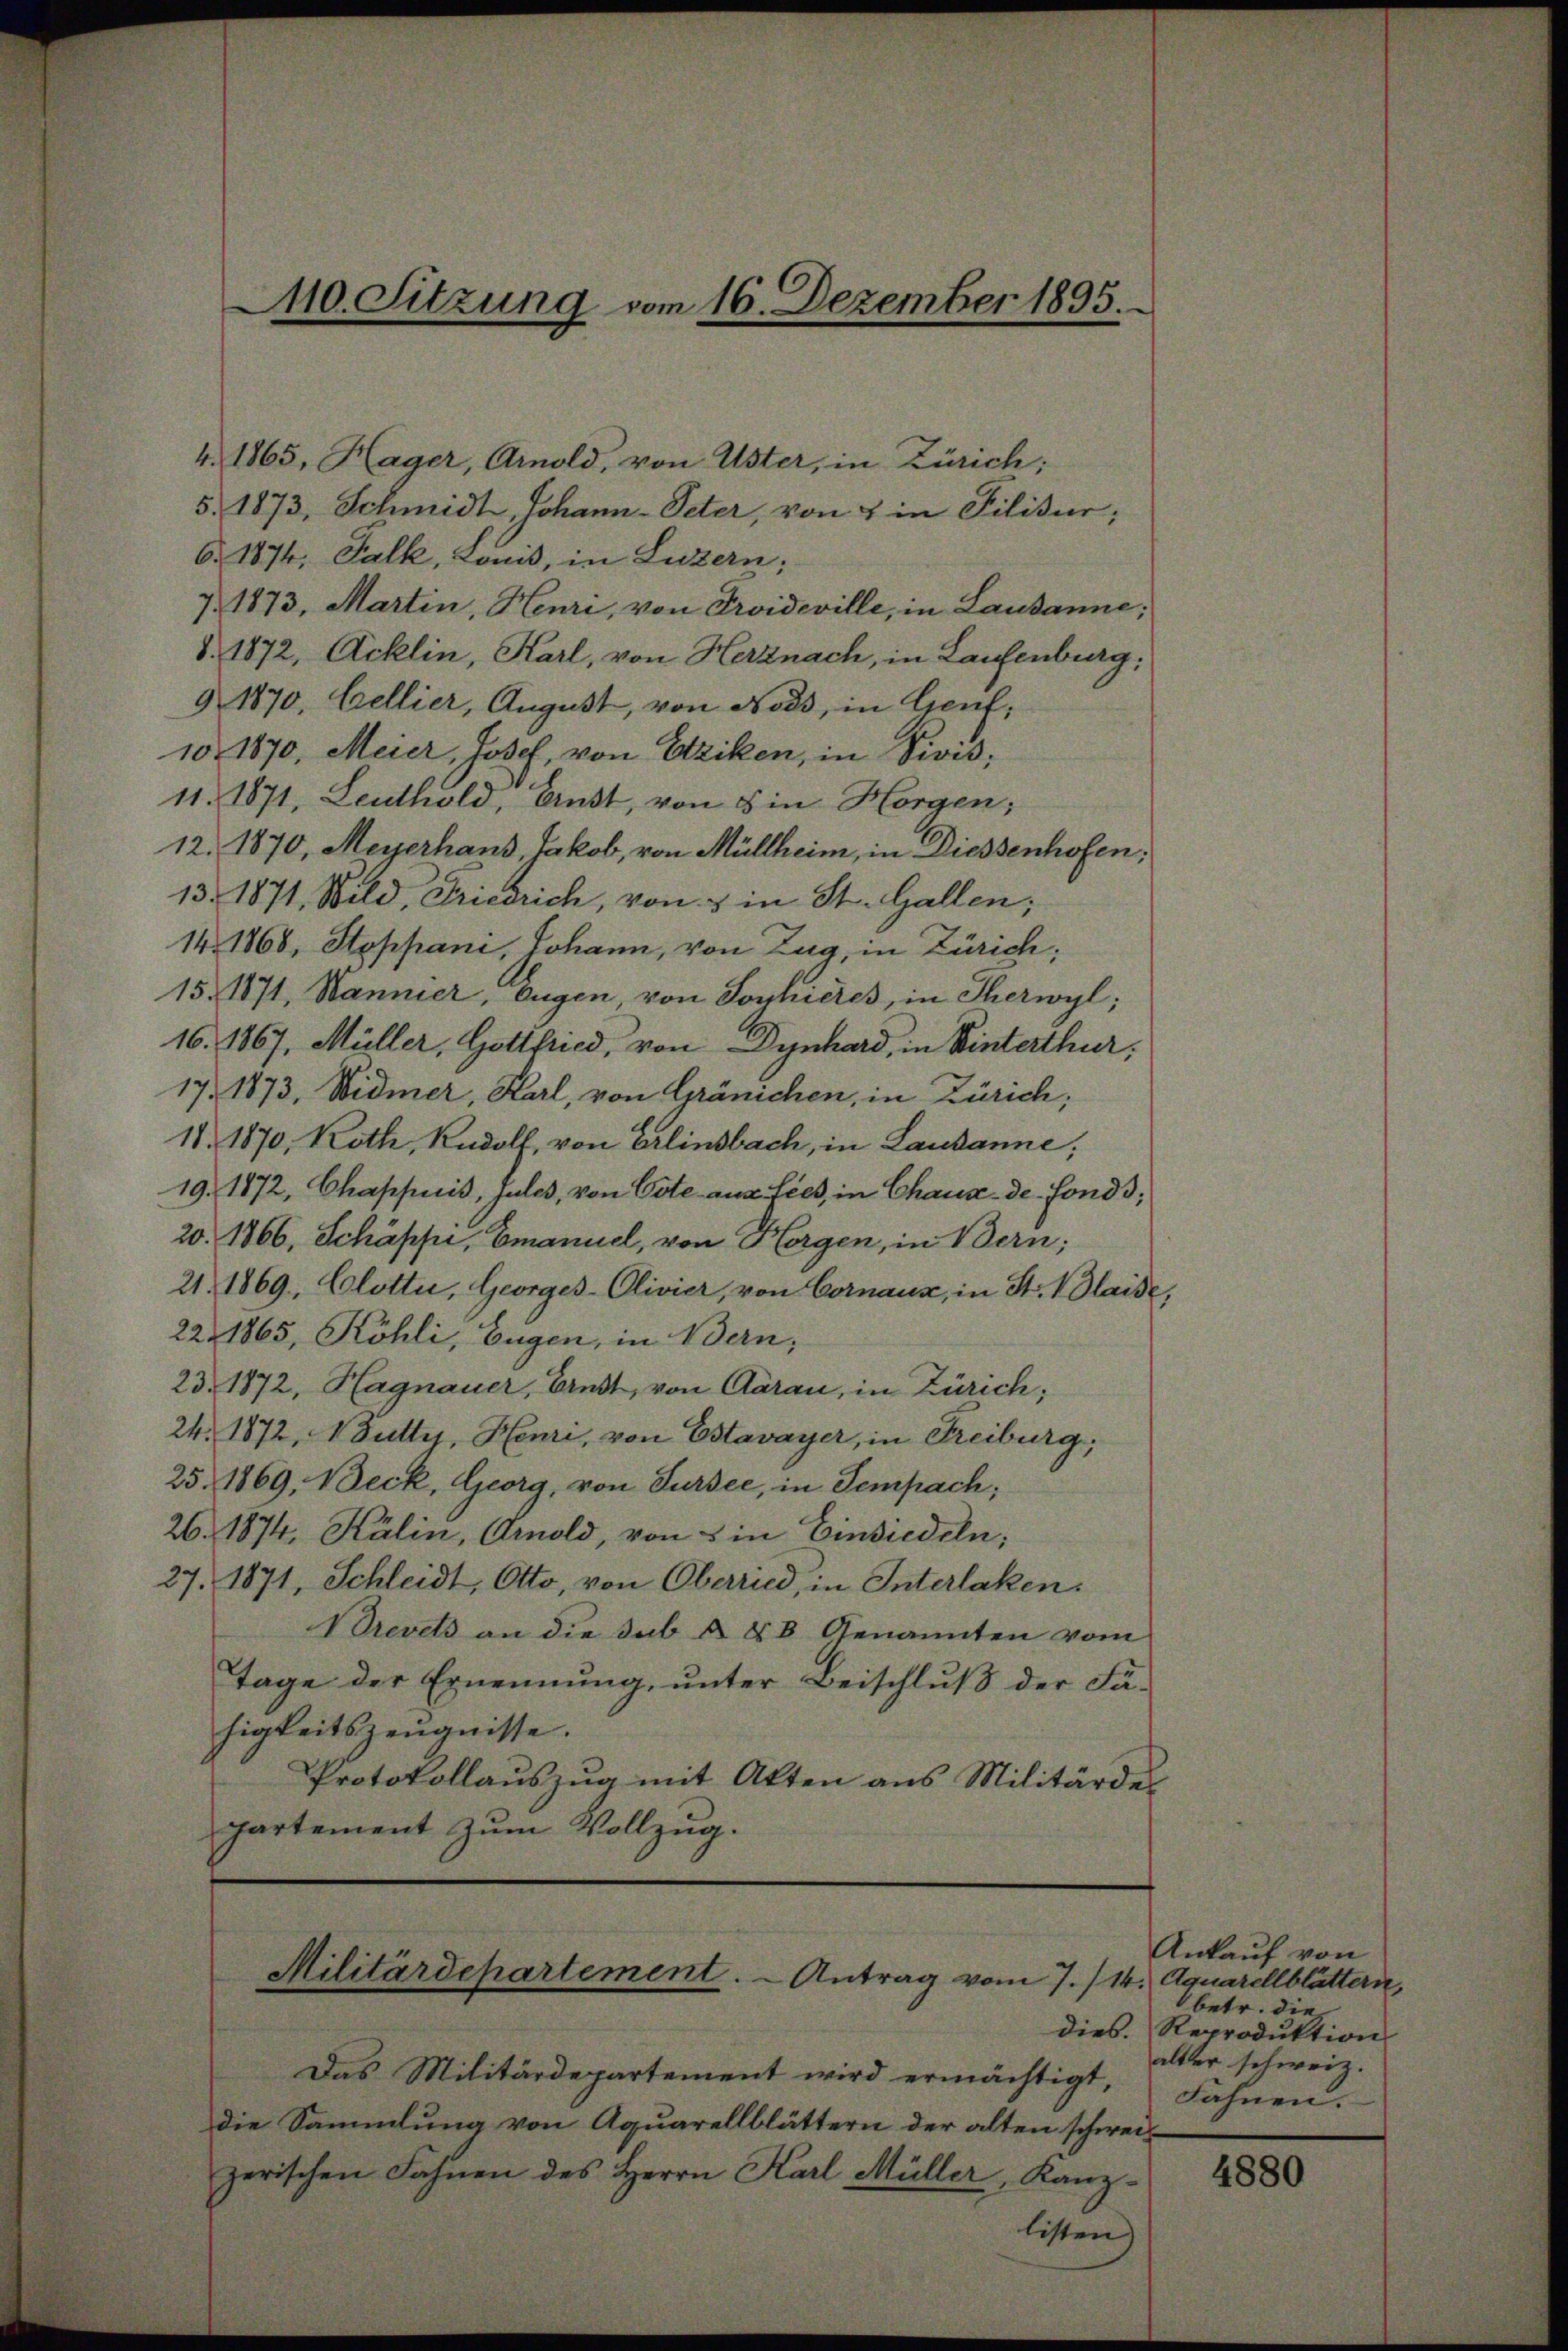
110. Sitzung vom 16. Dezember 1895.

4. 1865, Hager, Arnold, von Uster, in Zürich;
5. 1873, Schmidt, Johann-Peter, von 4 in Filisur;
6. 1874, Falk, Lonis, in Luzern;
7. 1873, Martin, Heuri, von Troideville, in Lausanne;
§. 1872, Acklin, Karl, von Herznach, in Laufenburg:
9. 1870, Bellier, August, von Noss, in Genf,
10. 1870, Meier, Josef, von Aziken, in Divis;
11. 1871, Leuthold, Ernst, von 8 in Horgen;
12. 1870, Meyerhaus Jakob, von Müllheim, in Diessenhofen,
13. 1871, Wild, Friedrich, von & in St. Gallen;
14. 1868, Stoppani, Johann, von Zug, in Zürich;
15. 171, Wannier, Eugen von Sophieres, in Therwyl,
16. 1867, Müller, Gottfried, von Dynhard, in Winterthur,
17. 1873, Widmer, Karl, von Gränichen, in Zürich,
18. 1870, Koth, Rudolf, von Erlinsbach, in Lausanne;
19. 1872, Chappuis, Jules, von Bote aus Lies, in Chaux-de-Fonds;
20. 1866, Schäppi, Emanuel, von Horgen, in Bern;
21. 1869, Clotti, Georges-Olivier, von Cornaux, in St. Plaide,
22 1865, Köhli, Eugen, in Bern,
23. 1872, Hagnauer, Ernst, von Aarau, in Zürich;
24. 1872, 4 Futter, Henri, von Estavayer, in Freiburg,
25. 1869, Beck, Georg, von Sursee, in Sempach;
26. 1874. Kälin, Arnold, von 5 in Einsiedeln;
27. 1871, Schleidt, Otto, von Oberried, in Interlaken.
Brevets an die sub § 88 Genannten vom
Tage der Ernennung, unter Beischluß der Fa-
higkeitszeugnisse.
Protokollaŭszŭg mit Akten aus Militärdes
partement zum Vollzug.

Militärdepartement. - Antrag vom 7./14. Aquarellblättern,

Das Militärdepartement wird ermächtigt,
die Sammlung von Aquarellblättern der alten schweil
zerischen Fahnen des Herrn Karl Müller, Kanz-
listen

Ankauf von
betr. die
dies. Reproduktion
alter schweiz.
Fahnen.

4880